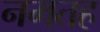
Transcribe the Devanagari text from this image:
नमतह